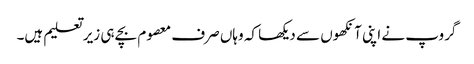
گروپ نے اپنی آنکھوں سے دیکھا کہ وہاں صرف معصوم بچے ہی زیر تعلیم ہیں۔